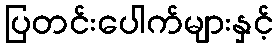
ပြတင်းပေါက်များနှင့်